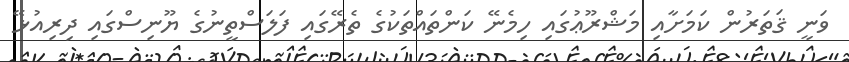
ވަނީ ޤަތަރުން ކަމަށާއި މަޝްރޫޢުގައި ހިމެނޭ ކަންތައްތަކުގެ ތެރޭގައި ފަލަސްތީނުގެ ޔޫނިސްގައި ދިރިއުޅޭ